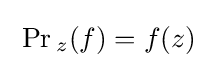
\;\Pr {}_{z}(f)=f(z)\;